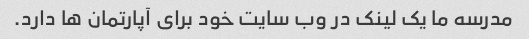
مدرسه ما یک لینک در وب سایت خود برای آپارتمان ها دارد.